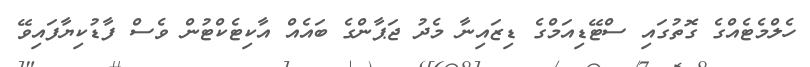
ހެލްމެޓެއްގެ ގޮތުގައި ސްޓޭޑިއަމްގެ ޑިޒައިނާ މެދު ޖަޕާންގެ ބައެއް އާކިޓެކްޓުން ވެސް ފާާޑުކިޔާފައިވޭ